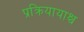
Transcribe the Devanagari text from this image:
प्रक्रियायाश्च